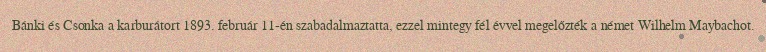
Bánki és Csonka a karburátort 1893. február 11-én szabadalmaztatta, ezzel mintegy fél évvel megelőzték a német Wilhelm Maybachot.